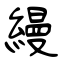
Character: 縵